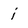
Character: i